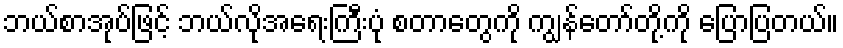
ဘယ်စာအုပ်ဖြင့် ဘယ်လိုအရေးကြီးပုံ စတာတွေကို ကျွန်တော်တို့ကို ပြောပြတယ်။